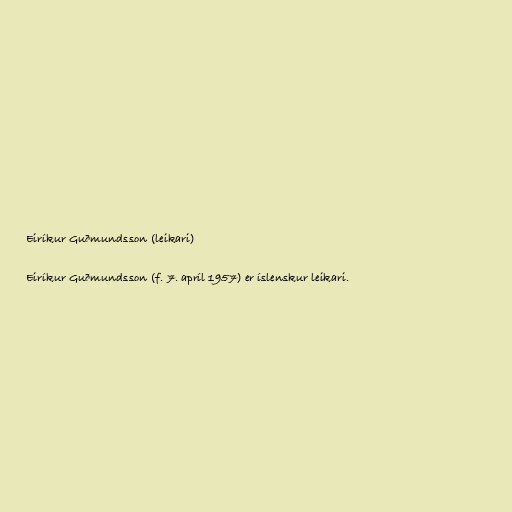
Eiríkur Guðmundsson (leikari)

Eiríkur Guðmundsson (f. 7. apríl 1957) er íslenskur leikari.